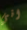
اني